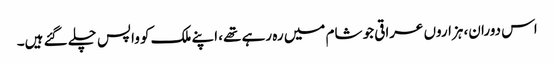
اس دوران، ہزاروں عراقی جو شام میں رہ رہے تھے، اپنے ملک کو واپس چلے گئے ہیں۔